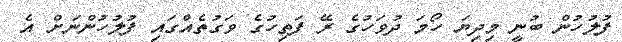
ފުލުހުން ބުނީ މިދިޔަ ހޯމަ ދުވަހުގެ ރޭ ފަތިހުގެ ވަގުތެއްގައި ފުލުހުންނަށް އެ